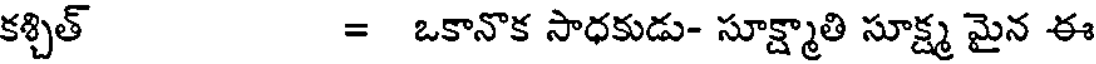
కశ్చిత్ = ఒకానొక సాధకుడు- సూక్ష్మాతి సూక్ష్మ మైన ఈ